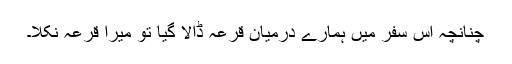
چنانچہ اس سفر میں ہمارے درمیان قرعہ ڈالا گیا تو میرا قرعہ نکلا۔